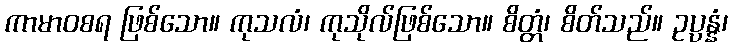
ကာမာဝစရ ဖြစ်သော။ ကုသလံ၊ ကုသိုလ်ဖြစ်သော။ စိတ္တံ၊ စိတ်သည်။ ဥပ္ပန္နံ၊